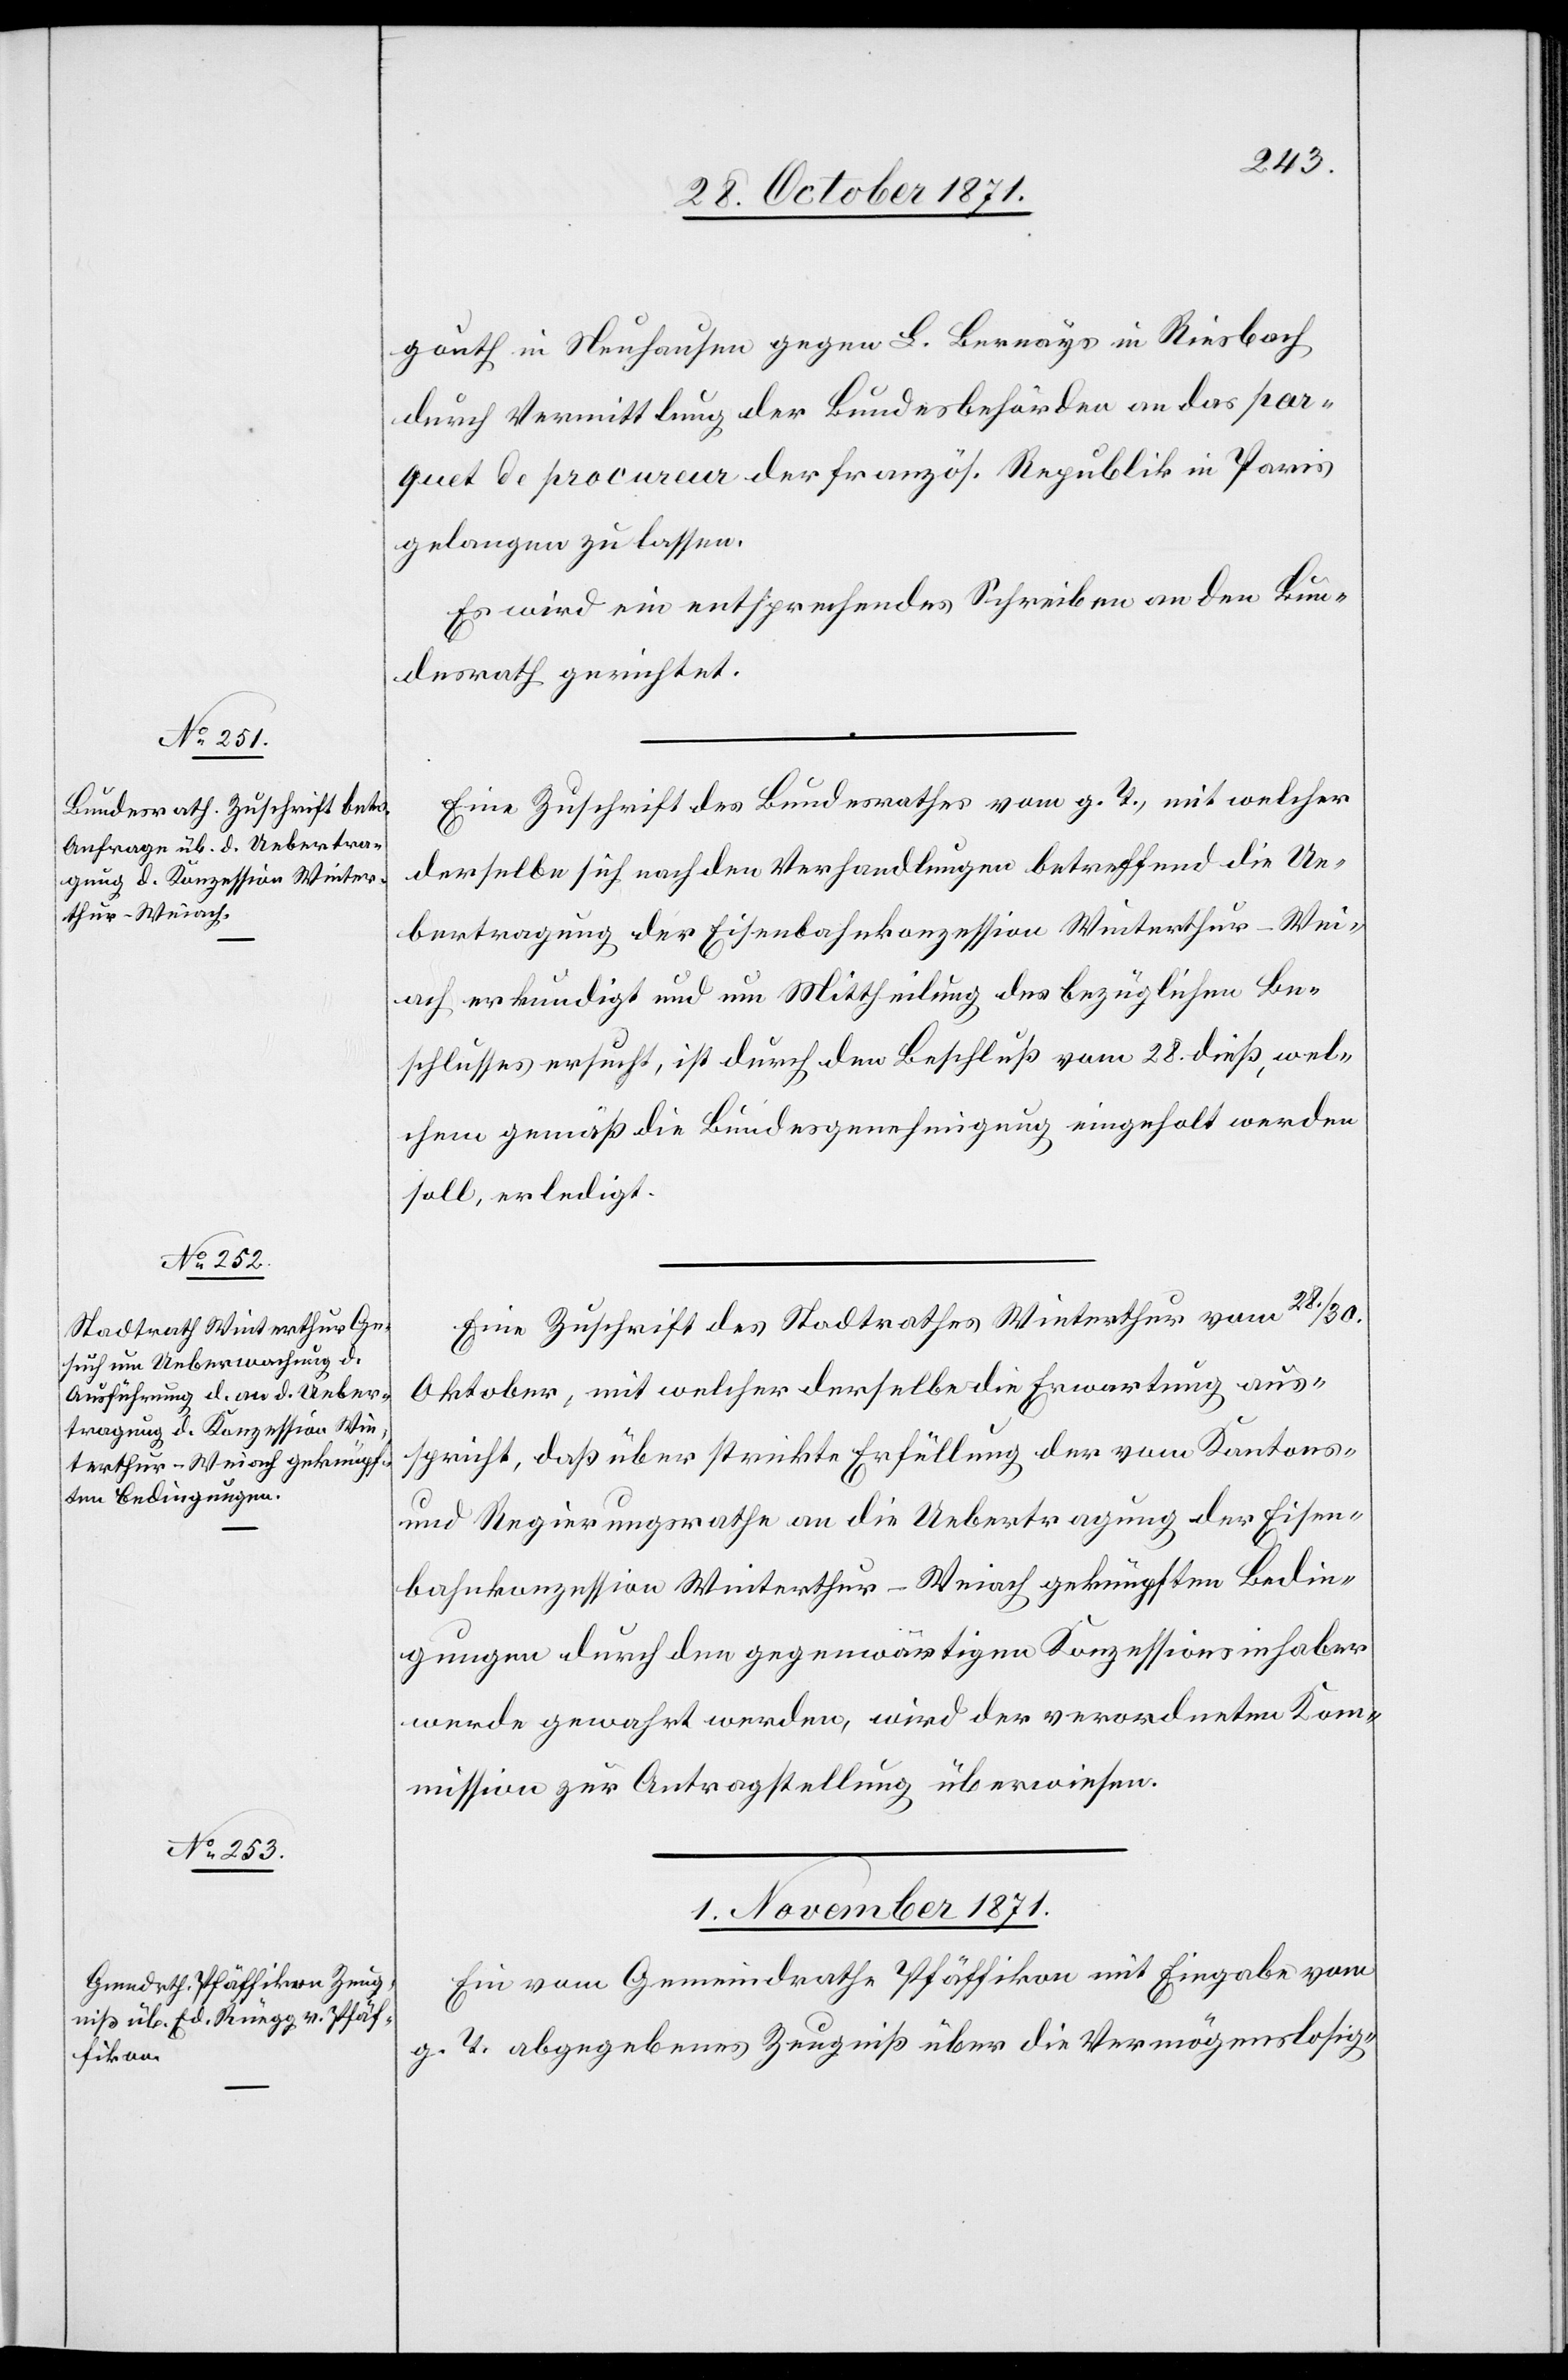
31. October 1871.]
gauth in Neuhausen gegen L. Bernays in Riesbach
durch Vermittlung der Bundesbehörden an das par¬
quet de procureur der französ. Republik in Paris
gelangen zu lassen.
Es wird ein entsprechendes Schreiben an den Bun¬
desrath gerichtet.
Eine Zuschrift des Bundesrathes vom g. T., mit welcher
derselbe sich nach den Verhandlungen betreffend die Ue¬
bertragung der Eisenbahnkonzession Winterthur–Wei¬
ach erkundigt und um Mittheilung des bezüglichen Be¬
schlusses ersucht, ist durch den Beschluß vom 28. dieß, wel¬
chem gemäß die Bundesgenehmigung eingeholt werden
soll, erledigt.
Eine Zuschrift des Stadtrathes Winterthur vom 28./30.
Oktober, mit welcher derselbe die Erwartung aus¬
spricht, daß über strikte Erfüllung der vom Kantons-
und Regierungsrathe an die Uebertragung der Eisen¬
bahnkonzession Winterthur–Weiach geknüpften Bedin¬
gungen durch den gegenwärtigen Konzessionshaber
werde gewahrt werden, wird der verordneten Kom¬
mission zur Antragstellung überwiesen.
1. November 1871.
Ein vom Gemeindrath Pfäffikon mit Eingabe vom
g. T. abgegebenes Zeugniß über die Vermögenslosig